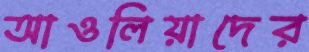
আওলিয়াদের